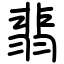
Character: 翡